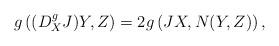
LaTeX: \begin{align*} g\left((D^g_XJ)Y,Z\right)=2g\left( JX,N(Y,Z)\right), \end{align*}